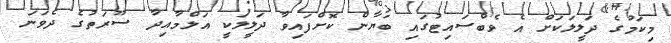
މިކަމުގެ ދަލީލަކަށް އެ ވެބްސައިޓުގައި ބަޔާން ކޮށްފައިވާ ދަލީލަކީ އަލްމާއިދާ ސޫރަތުގެ ދެވަނަ